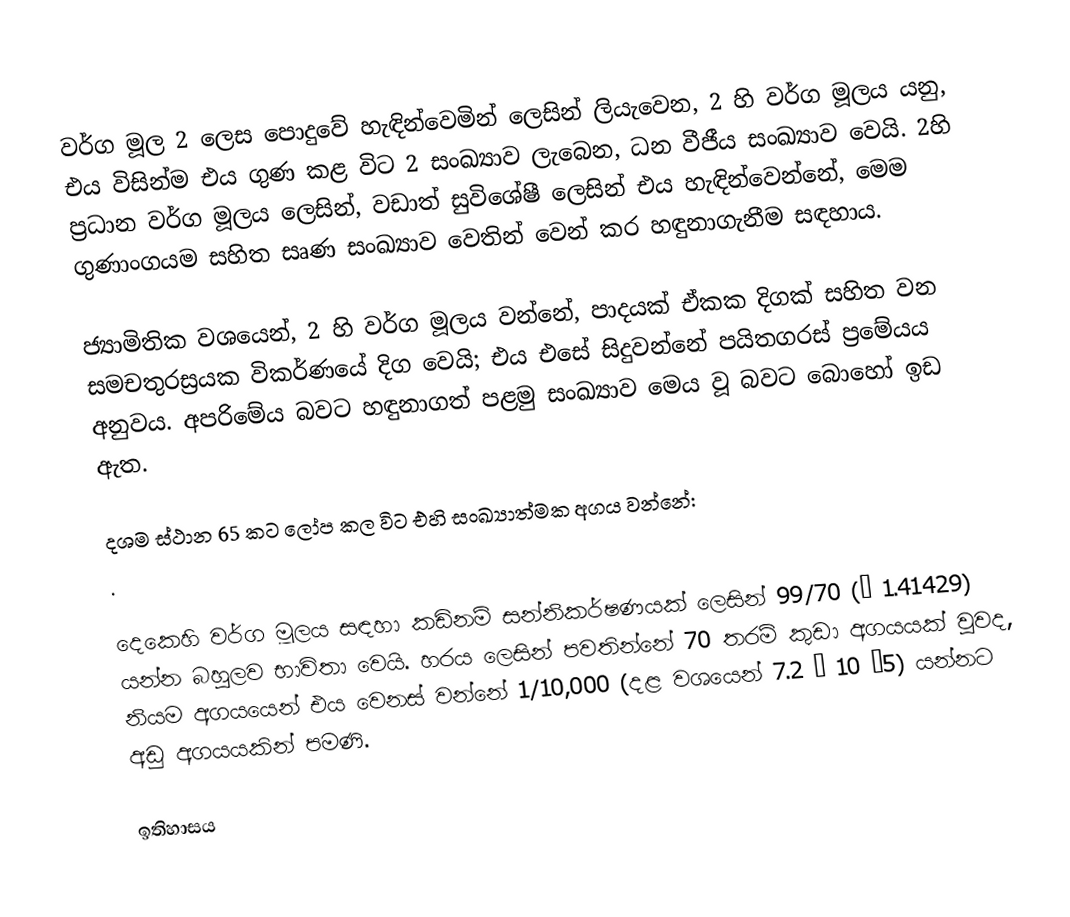
වර්ග මූල 2 ලෙස පොදුවේ හැඳින්වෙමින්   ලෙසින් ලියැවෙන,  2 හි වර්ග මූලය යනු, එය විසින්ම එය ගුණ කළ විට 2 සංඛ්‍යාව ලැබෙන, ධන වීජීය සංඛ්‍යාව වෙයි.   2හි ප්‍රධාන වර්ග මූලය ලෙසින්, වඩාත් සුවිශේෂී ලෙසින් එය හැඳින්වෙන්නේ, මෙම ගුණාංගයම සහිත සෘණ සංඛ්‍යාව වෙතින් වෙන් කර හඳුනාගැනීම සඳහාය.

ජ්‍යාමිතික වශයෙන්, 2 හි  වර්ග මූලය වන්නේ,  පාදයක් ඒකක දිගක් සහිත වන සමචතුරස්‍රයක විකර්ණයේ දිග වෙයි; එය එසේ සිදුවන්නේ  පයිතගරස් ප්‍රමේයය අනුවය. අපරිමේය බවට හඳුනාගත් පළමු සංඛ්‍යාව මෙය වූ බවට බොහෝ ඉඩ ඇත.

දශම ස්ථාන 65 කට ලෝප කල විට එහි සංඛ්‍යාත්මක අගය වන්නේ:
 .

දෙකෙහි වර්ග මූලය සඳහා කඩිනම් සන්නිකර්ෂණයක් ලෙසින් 99/70 (≈ 1.41429) යන්න බහුලව භාවිතා වෙයි.  හරය ලෙසින් පවතින්නේ 70 තරම් කුඩා අගයයක් වුවද, නියම අගයයෙන් එය වෙනස් වන්නේ  1/10,000 (දළ වශයෙන් 7.2 × 10 −5) යන්නට අඩු අගයයකින් පමණි.

ඉතිහාසය